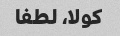
کولا، لطفا